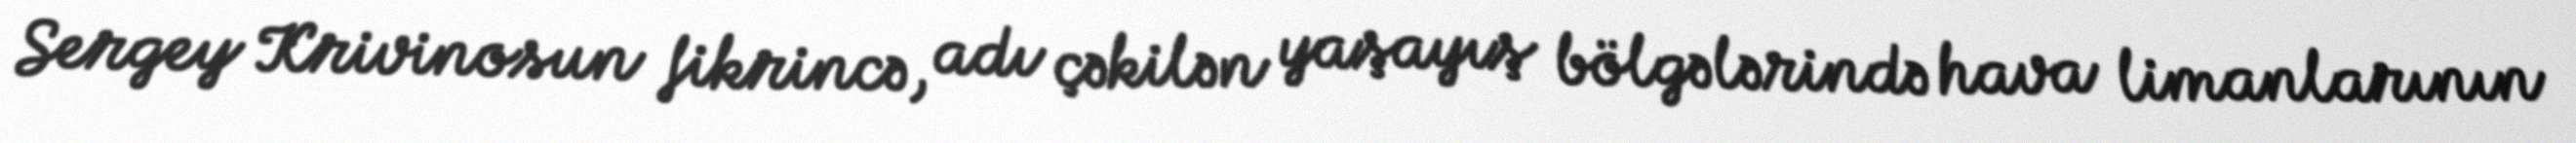
Sergey Krivinosun fikrincə, adı çəkilən yaşayış bölgələrində hava limanlarının